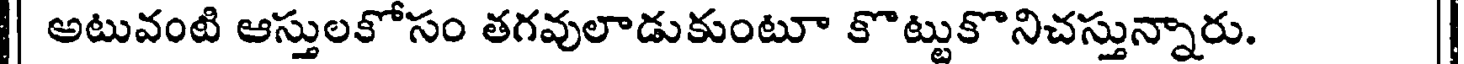
| అటువంటి ఆస్తులకోసం తగవులాడుకుంటూ కొట్టుకొనిచస్తున్నారు. |